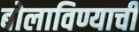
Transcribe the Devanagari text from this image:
बोलाविण्याची